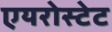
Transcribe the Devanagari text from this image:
एयरोस्टेट